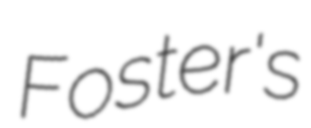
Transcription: Foster's